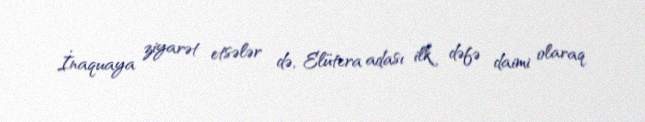
İnaquaya ziyarət etsələr də, Elütera adası ilk dəfə daimi olaraq